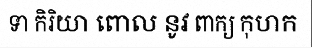
ទា កិរិយា ពោល នូវ ពាក្យ កុហក